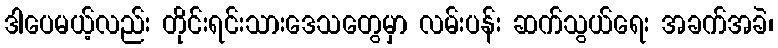
ဒါပေမယ့်လည်း တိုင်းရင်းသားဒေသတွေမှာ လမ်းပန်း ဆက်သွယ်ရေး အခက်အခဲ၊